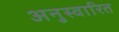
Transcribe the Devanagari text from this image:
अनुस्वारित